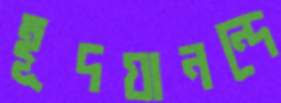
হূদয়ানন্দে